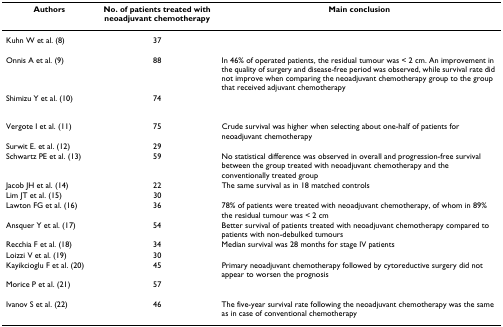
<table><thead><tr><td><b>Authors</b></td><td><b>No. of patients treated with neoadjuvant chemotherapy</b></td><td><b>Main conclusion</b></td></tr></thead><tbody><tr><td>Kuhn W et al. (8)</td><td>37</td><td>[EMPTY_CELL]</td></tr><tr><td>Onnis A et al. (9)</td><td>88</td><td>In 46% of operated patients, the residual tumour was &lt; 2 cm. An improvement in the quality of surgery and disease-free period was observed, while survival rate did not improve when comparing the neoadjuvant chemotherapy group to the group that received adjuvant chemotherapy</td></tr><tr><td>Shimizu Y et al. (10)</td><td>74</td><td>[EMPTY_CELL]</td></tr><tr><td>Vergote I et al. (11)</td><td>75</td><td>Crude survival was higher when selecting about one-half of patients for neoadjuvant chemotherapy</td></tr><tr><td>Surwit E. et al. (12)</td><td>29</td><td>[EMPTY_CELL]</td></tr><tr><td>Schwartz PE et al. (13)</td><td>59</td><td>No statistical difference was observed in overall and progression-free survival between the group treated with neoadjuvant chemotherapy and the conventionally treated group</td></tr><tr><td>Jacob JH et al. (14)</td><td>22</td><td>The same survival as in 18 matched controls</td></tr><tr><td>Lim JT et al. (15)</td><td>30</td><td>[EMPTY_CELL]</td></tr><tr><td>Lawton FG et al. (16)</td><td>36</td><td>78% of patients were treated with neoadjuvant chemotherapy, of whom in 89% the residual tumour was &lt; 2 cm</td></tr><tr><td>Ansquer Y et al. (17)</td><td>54</td><td>Better survival of patients treated with neoadjuvant chemotherapy compared to patients with non-debulked tumours</td></tr><tr><td>Recchia F et al. (18)</td><td>34</td><td>Median survival was 28 months for stage IV patients</td></tr><tr><td>Loizzi V et al. (19)</td><td>30</td><td>[EMPTY_CELL]</td></tr><tr><td>Kayikcioglu F et al. (20)</td><td>45</td><td>Primary neoadjuvant chemotherapy followed by cytoreductive surgery did not appear to worsen the prognosis</td></tr><tr><td>Morice P et al. (21)</td><td>57</td><td>[EMPTY_CELL]</td></tr><tr><td>Ivanov S et al. (22)</td><td>46</td><td>The five-year survival rate following the neoadjuvant chemotherapy was the same as in case of conventional chemotherapy</td></tr></tbody></table>